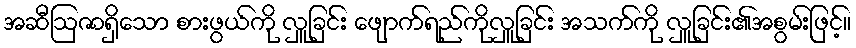
အဆီဩဇာရှိသော စားဖွယ်ကို လှူခြင်း ဖျောက်ရည်ကိုလှူခြင်း အသက်ကို လှူခြင်း၏အစွမ်းဖြင့်။